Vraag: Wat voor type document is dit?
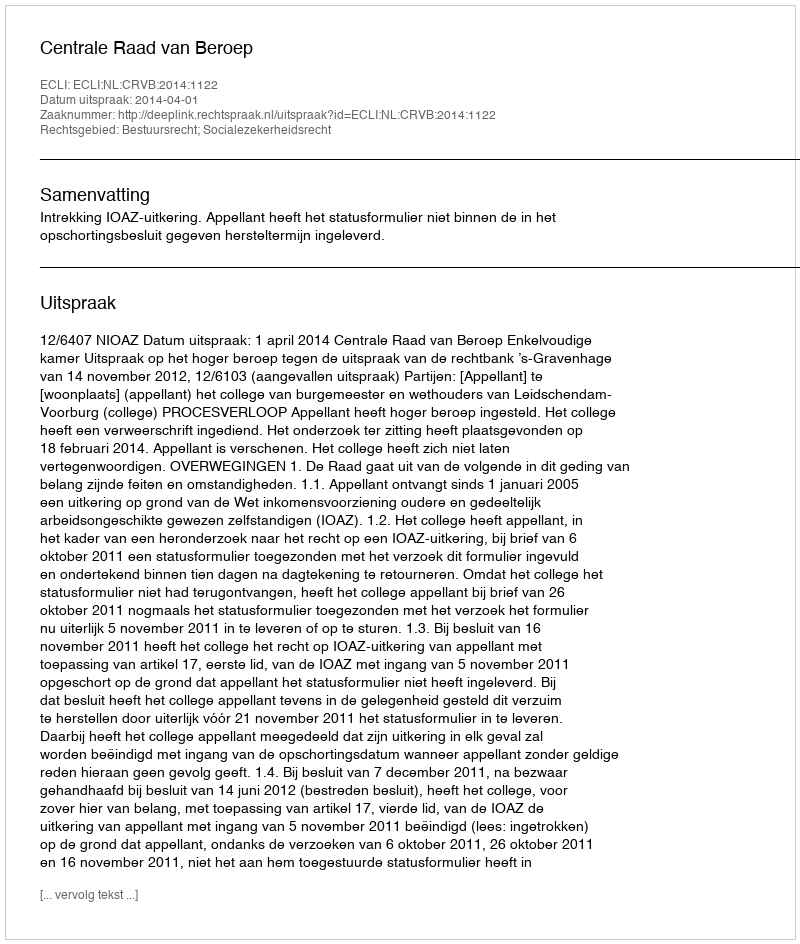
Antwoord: Uitspraak